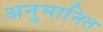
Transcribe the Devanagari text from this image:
अनुमानित